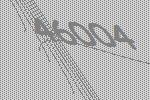
46004